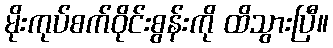
မိုးကုပ်စက်ဝိုင်းစွန်းကို ထိသွားပြီ။